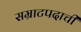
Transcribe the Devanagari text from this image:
सम्राटपदाची